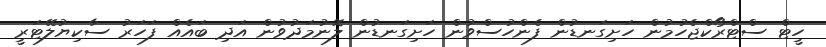
ހީޓް ސްޓްރޯކްޖެހުމުން ހަށިގަނޑުން ފެންހުސްވުން ހަށިގަނޑުން ލޮނުމަދުވުން އަދި ބައެއް ފަހަރު ސާކިޔުލޭޓަރީ